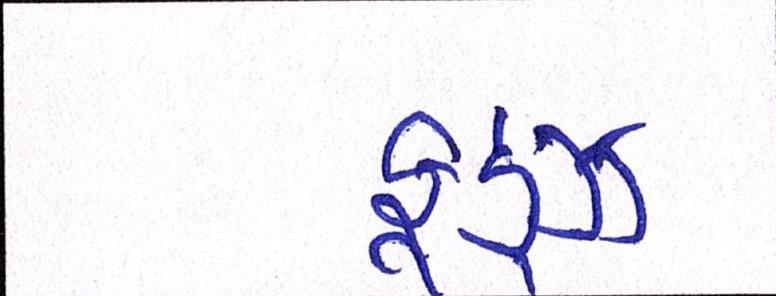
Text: ફૂડ્ઝ